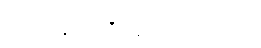
ငါ့မျက်နှာက နီမြန်းသွားလိမ့်မယ်။